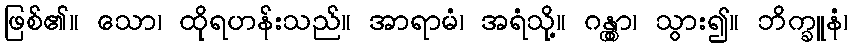
ဖြစ်၏။ သော၊ ထိုရဟန်းသည်။ အာရာမံ၊ အရံသို့။ ဂန္တွာ၊ သွား၍။ ဘိက္ခူနံ၊